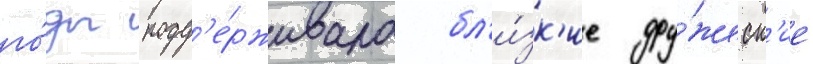
го́ды подд'е́рживала бл'и́зк'ие дру́жеск'ие